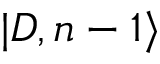
| D , n - 1 \rangle